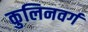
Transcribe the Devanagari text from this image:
कुलिनवर्ग